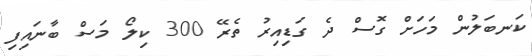
ކަނބަލުން މަހަށް ގޮސް ދެ ގަޑިއިރު ތެރޭ 300 ކިލޯ މަސް ބާނައިފި